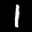
Label: 1